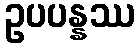
ဥပပန္နဿ